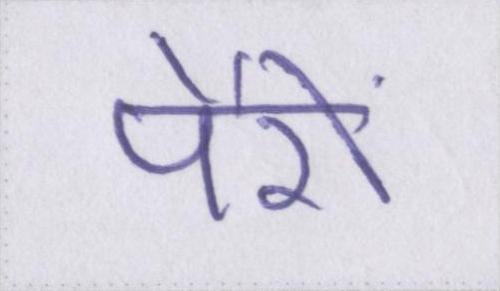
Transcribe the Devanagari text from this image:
पैरों